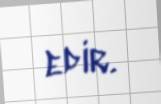
edir.